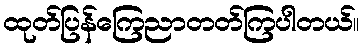
ထုတ်ပြန်ကြေညာတတ်ကြပါတယ်။